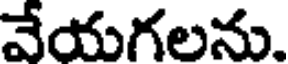
వేయగలను.